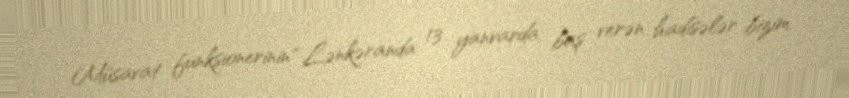
Müsavat funksionerinin “Lənkəranda 13 yanvarda baş verən hadisələr bizim